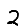
Digit: 2